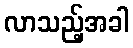
လာသည့်အခါ